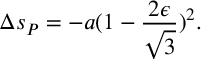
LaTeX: \Delta s _ { P } = - a ( 1 - { \frac { 2 \epsilon } { \sqrt { 3 } } } ) ^ { 2 } . \qquad